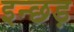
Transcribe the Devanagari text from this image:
इन्छड़